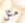
مثل